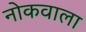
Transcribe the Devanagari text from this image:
नोकवाला